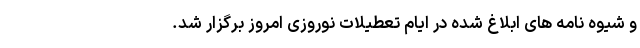
و شیوه نامه های ابلاغ شده در ایام تعطیلات نوروزی امروز برگزار شد.